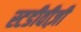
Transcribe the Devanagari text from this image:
स्टडीवीज़ी